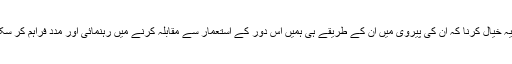
ان ہیروز اور ان کی حکمت عملی (جنگ ) کے بارے میں یہ خیال کرنا کہ ان کی پیروی میں ان کے طریقے ہی ہمیں اس دور کے استعمار سے مقابلہ کرنے میں رہنمائی اور مدد فراہم کر سکتے ہیں اختر احسن کی اصطلاح میں “وابستگی” کہلاتا ہے۔